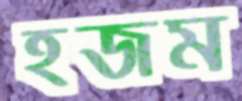
হজম